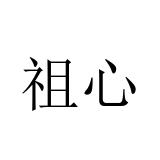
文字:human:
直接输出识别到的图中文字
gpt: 祖心